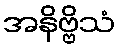
အနိဗ္ဗိသံ